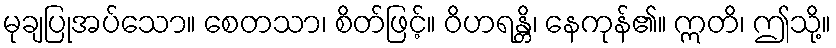
မုချပြုအပ်သော။ စေတသာ၊ စိတ်ဖြင့်။ ဝိဟရန္တိ၊ နေကုန်၏။ ဣတိ၊ ဤသို့။